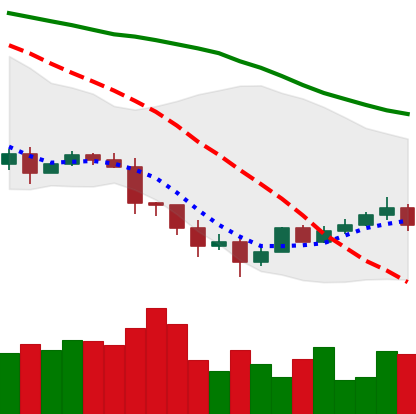
Ticker: TRX-USD
Chart end date: 2022-01-18
Forward return: -15.933%
Label: down_7plus